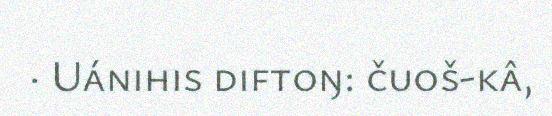
· Uánihis diftoŋ: čuoš-kâ,